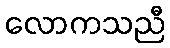
လောကသညီ